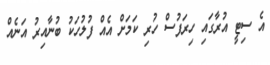
އެ ސިޓީ އުރާގައި ހިރަފުސް ހުރި ކަމަށް އެއް ފުލުހަކު ބުނާއިރު އަނެއް